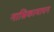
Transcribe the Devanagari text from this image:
नासिकामापन